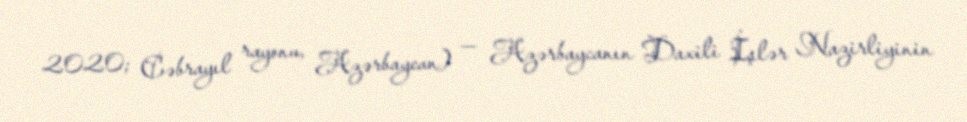
2020; Cəbrayıl rayonu, Azərbaycan) — Azərbaycanın Daxili İşlər Nazirliyinin